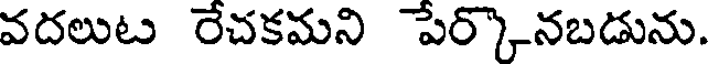
వదలుట రేచకమని పేర్కొనబడును.